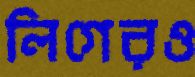
লিগেরও